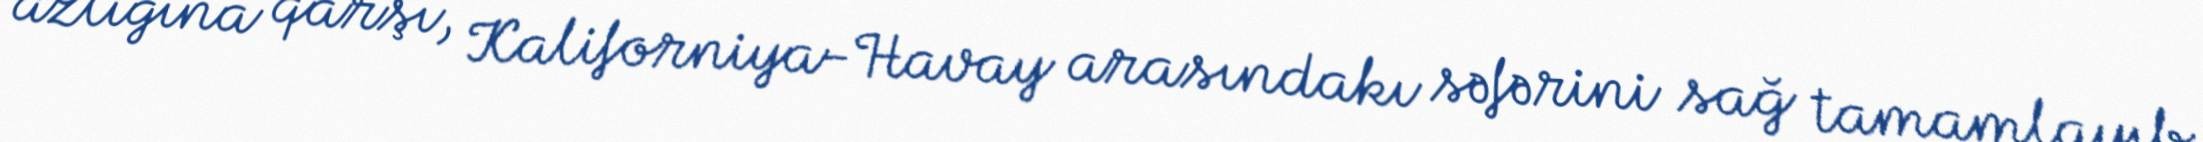
azlığına qarşı, Kaliforniya-Havay arasındakı səfərini sağ tamamlayıb.